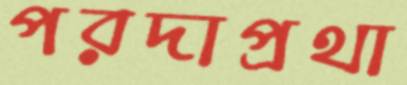
পরদাপ্রথা